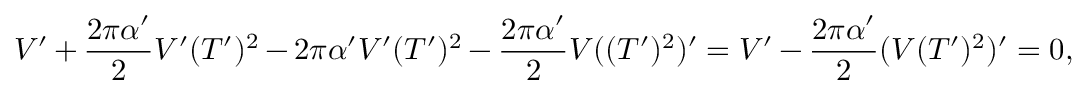
V ^ { \prime } + \frac { 2 \pi \alpha ^ { \prime } } { 2 } V ^ { \prime } ( T ^ { \prime } ) ^ { 2 } - 2 \pi \alpha ^ { \prime } V ^ { \prime } ( T ^ { \prime } ) ^ { 2 } - \frac { 2 \pi \alpha ^ { \prime } } { 2 } V ( ( T ^ { \prime } ) ^ { 2 } ) ^ { \prime } = V ^ { \prime } - \frac { 2 \pi \alpha ^ { \prime } } { 2 } ( V ( T ^ { \prime } ) ^ { 2 } ) ^ { \prime } = 0 ,